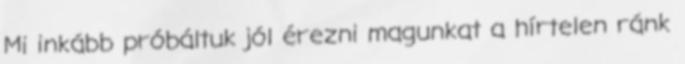
Mi inkább próbáltuk jól érezni magunkat a hírtelen ránk